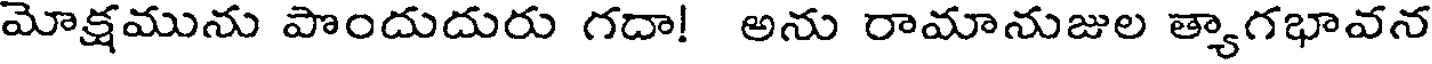
మోక్షమును పొందుదురు గదా! అను రామానుజుల త్యాగభావన